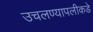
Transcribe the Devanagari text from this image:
उचलण्यापलीकडे